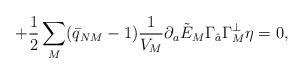
LaTeX: \begin{align*}\qquad \qquad \qquad \qquad +{1\over 2}\sum_M(\bar{q}_{NM}-1){1\over V_M} \partial_a\tilde{E}_M\Gamma_{\hat{a}}\Gamma_M^\perp \eta=0,\end{align*}